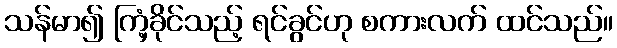
သန်မာ၍ ကြံ့ခိုင်သည့် ရင်ခွင်ဟု စကားလက် ထင်သည်။